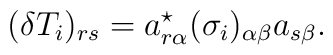
(\delta T_i)_{rs}= a^\star_{r\alpha}(\sigma_i)_{\alpha\beta}a_{s\beta}.